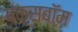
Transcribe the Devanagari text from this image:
बक्सबॉम